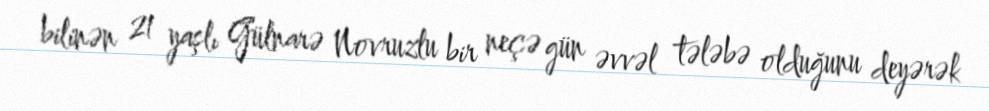
bilinən 21 yaşlı Gülnarə Novruzlu bir neçə gün əvvəl tələbə olduğunu deyərək